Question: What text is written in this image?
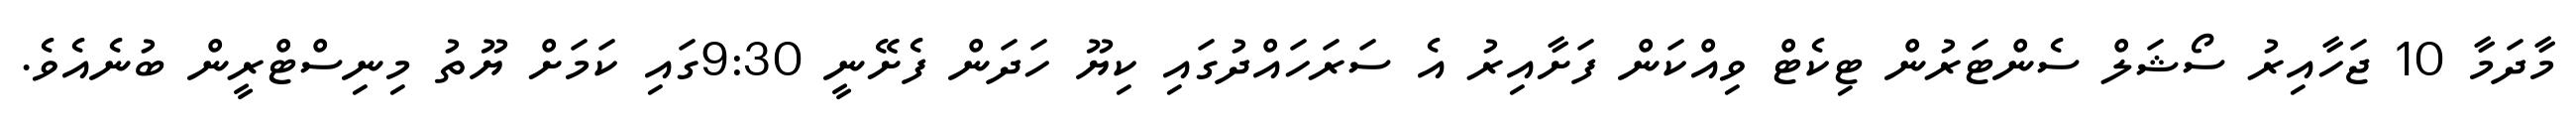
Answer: މާދަމާ 10 ޖަހާއިރު ސޯޝަލް ސެންޓަރުން ޓިކެޓް ވިއްކަން ފަށާއިރު އެ ސަރަހައްދުގައި ކިޔޫ ހަދަން ފެށޭނީ 9:30ގައި ކަމަށް ޔޫތު މިނިސްޓްރީން ބުނެއެވެ.